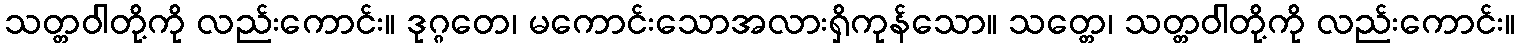
သတ္တဝါတို့ကို လည်းကောင်း။ ဒုဂ္ဂတေ၊ မကောင်းသောအလားရှိကုန်သော။ သတ္တေ၊ သတ္တဝါတို့ကို လည်းကောင်း။